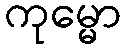
ကုမ္မော